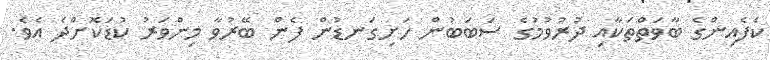
ކެފެއިންގެ ބާވަތްތަކާއި ދުރުވުމުގެ ސަބަބުން ހަށިގަނޑުން ފެން ބޭރުވާ މިންވަރު ކުޑަކޮށްދެ އެވެ.